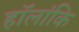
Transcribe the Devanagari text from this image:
हॉलांकि